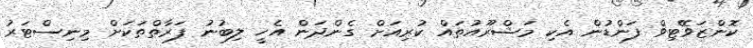
ކޮންޒަވޭޓިވް ފަންޑުން އެކި މަޝްރޫއުތައް ކުރިއަށް ގެންދަން އެހީ ލިބުނު ފަރާތްތަކަށް މިނިސްޓަރު